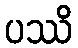
ပဿိ